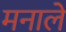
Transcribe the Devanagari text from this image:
मनाले